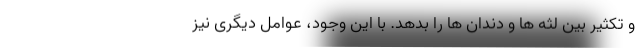
و تکثیر بین لثه ها و دندان ها را بدهد. با این وجود، عوامل دیگری نیز